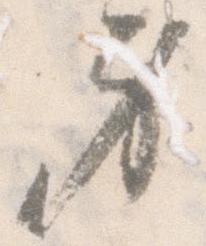
身